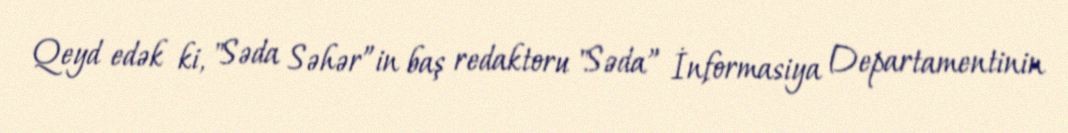
Qeyd edək ki, "Səda Səhər”in baş redaktoru "Səda” İnformasiya Departamentinin